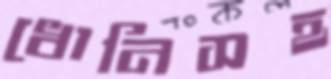
ধোনিসহ